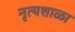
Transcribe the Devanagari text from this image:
नृत्यशाळा